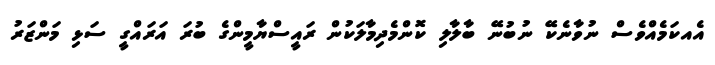
އެއކަމެއްވެސް ނުވާނެކޭ ނުބުނޭ ބާލާލި ކޮންމެދިމާލަކުން ރައީސްޔާމީންގެ ބުރަ އަރައްގީ ސަޅި މަންޒަރު